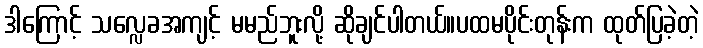
ဒါကြောင့် သလ္လေခအကျင့် မမည်ဘူးလို့ ဆိုချင်ပါတယ်။ပထမပိုင်းတုန်းက ထုတ်ပြခဲ့တဲ့